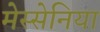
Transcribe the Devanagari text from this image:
मेस्सेनिया